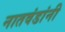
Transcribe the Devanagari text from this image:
नातवंडांनी